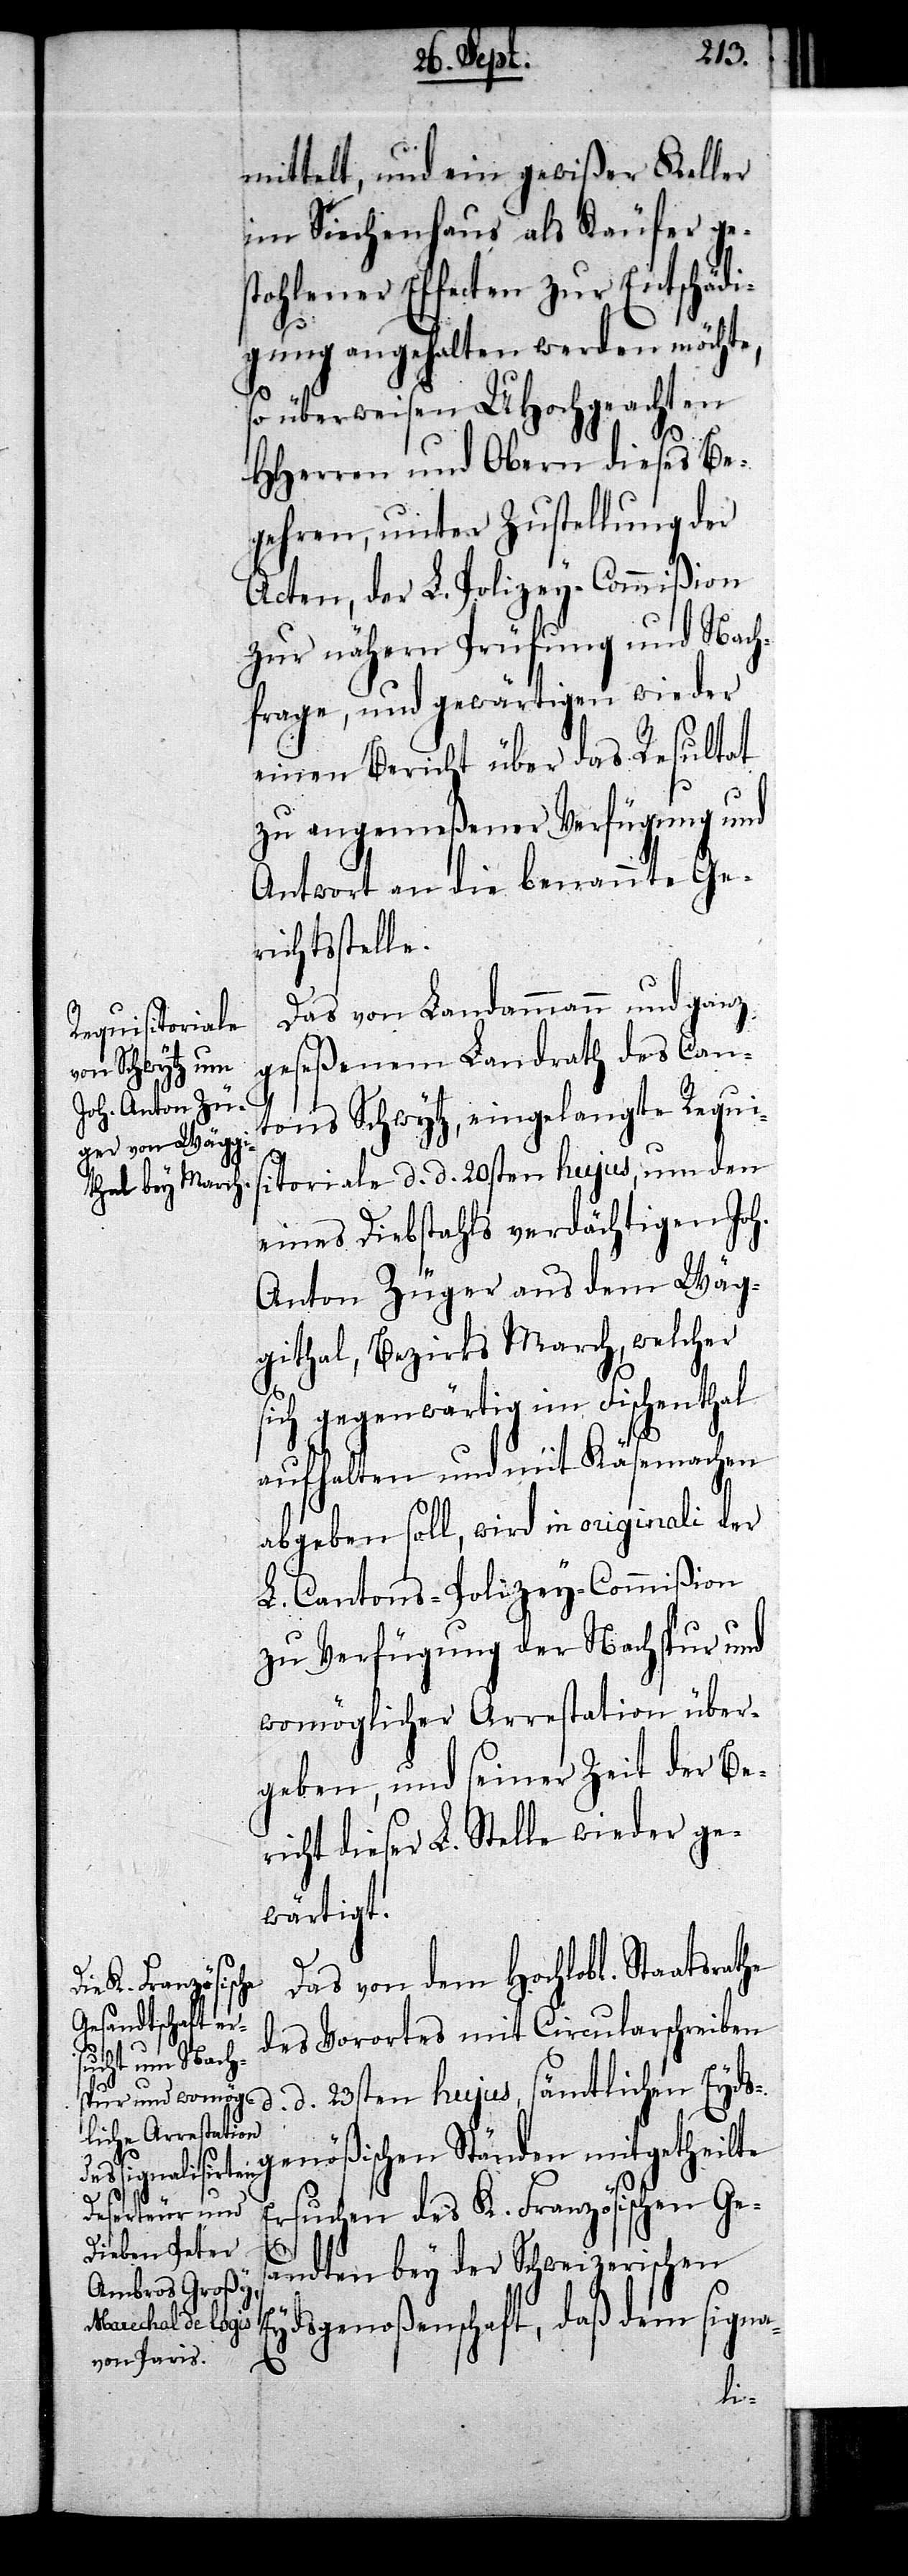
mittelt, und ein gewißer Keller
im Siechenhaus als Käufer ges¬
tohlener Effecten zur Entschädi¬
gung angehalten werden möchte,
so überweisen UHochgeachten
HHerren und Obern dieses Be¬
gehren, unter Zustellung der
Acten, der L. Polizey-Commißion
zur nähern Prüfung und Nach¬
frage, und gewärtigen wieder
einen Bericht über das Resultat
zu angemeßener Verfügung und
Antwort an die benannte Ge¬
richtsstelle.
Das von Landammann und ganz
geseßenem Landrath des Can¬
tons Schwytz, eingelangte Requi¬
sitoriale d. d. 20sten hujus, um den
eines Diebstahls verdächtigen Joh.
Anton Züger aus dem Wäg¬
githal, Bezirks March, welcher
sich gegenwärtig im Fischenthal
aufhalten und mit Käsemachen
abgeben soll, wird in originali der
L. Cantons-Polizey-Commißion
zu Verfügung der Nachspur und
womöglicher Arrestation über¬
geben, und seiner Zeit der Be¬
richt dieser L. Stelle wieder ge¬
wärtigt.
Das von dem Hochlobl. Staatsrat¬
des Vorortes mit Circularschreiben
d. d. 23sten hujus, sämtlichen Eyds¬
genößischen Ständen mitgetheilte
Ersuchen des K. Französischen Ges¬
E¬
andten bey der Schweizerischen
ydsgenoßenschaft, daß dem signa-